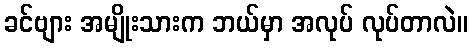
ခင်ဗျား အမျိုးသားက ဘယ်မှာ အလုပ် လုပ်တာလဲ။